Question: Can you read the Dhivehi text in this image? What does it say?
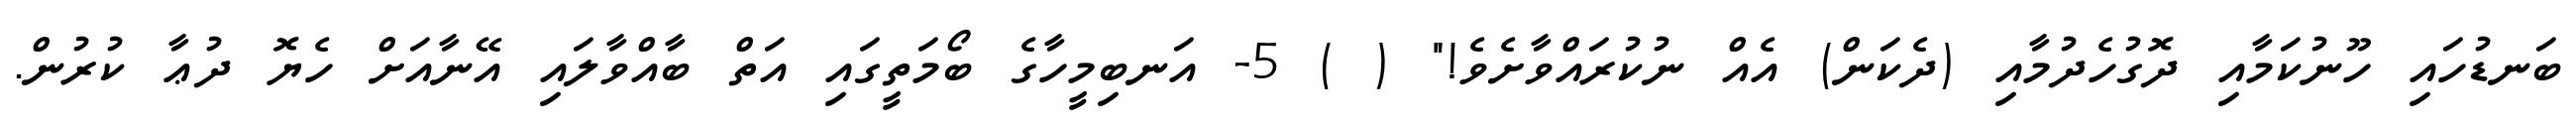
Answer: ބަނޑުހައި ހޫނުކަމާއި ދޮގުހެދުމާއި (ދެކަން) އެއް ނުކުރައްވާށެވެ!" ( ) 5- އަނބިމީހާގެ ބޯމަތީގައި އަތް ބާއްވާލައި އޭނާއަށް ހެޔޮ ދުޢާ ކުރުން.